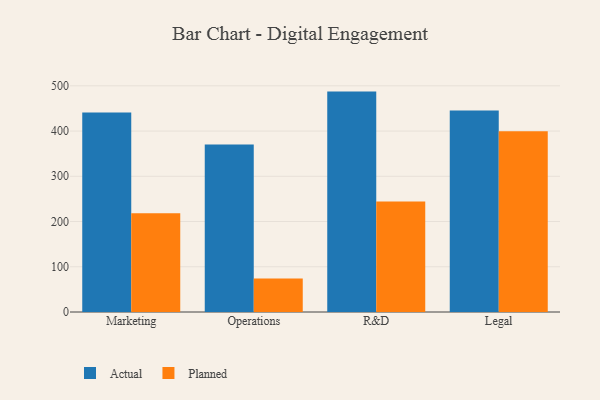
{"axis": {"x": "Department", "y": "Demand Index"}, "legend": ["Actual", "Planned"], "data": [{"x": "Marketing", "y": 440.8, "type": "Actual"}, {"x": "Marketing", "y": 218.4, "type": "Planned"}, {"x": "Operations", "y": 370.4, "type": "Actual"}, {"x": "Operations", "y": 73.9, "type": "Planned"}, {"x": "R&D", "y": 487.2, "type": "Actual"}, {"x": "R&D", "y": 244.1, "type": "Planned"}, {"x": "Legal", "y": 445.5, "type": "Actual"}, {"x": "Legal", "y": 399.6, "type": "Planned"}]}